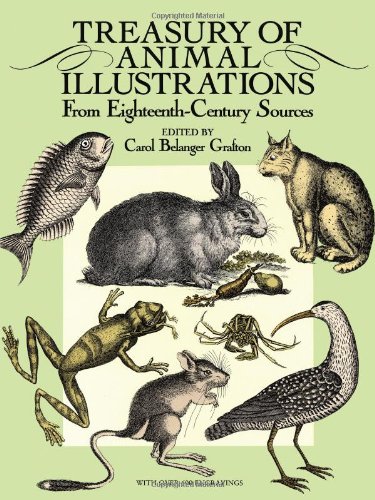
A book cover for Treasury of Animal Illustrations: From Eighteenth-Century Sources (Dover Pictorial Archive); Arts & Photography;